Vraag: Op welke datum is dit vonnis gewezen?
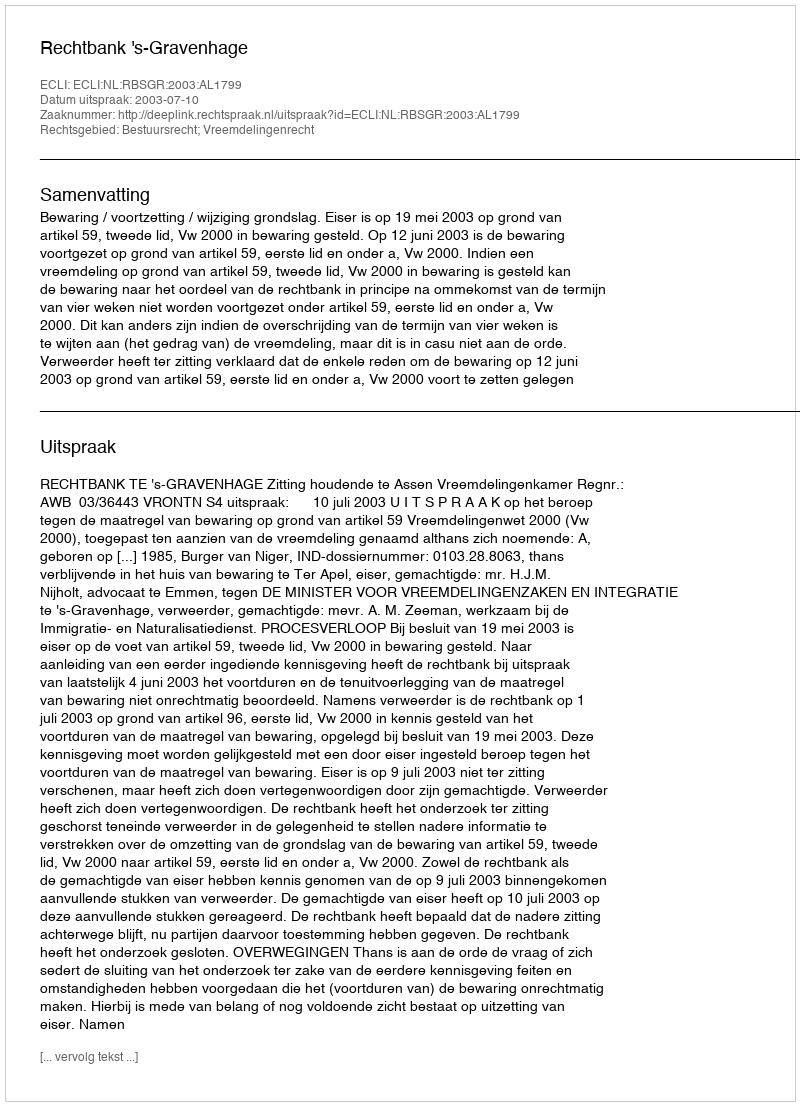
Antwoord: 2003-07-10